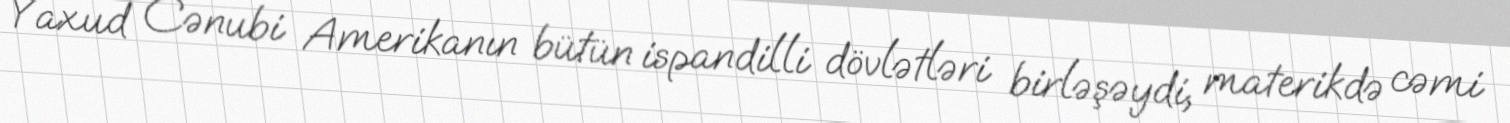
Yaxud Cənubi Amerikanın bütün ispandilli dövlətləri birləşəydi, materikdə cəmi